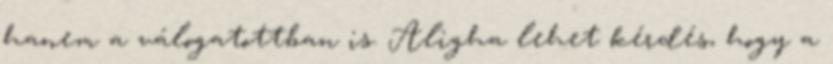
hanem a válogatottban is. Aligha lehet kérdés, hogy a